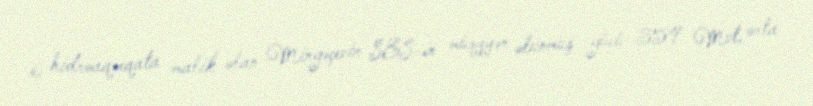
6 hidroaqreqata malik olan Mingəçevir SES-in müəyyən olunmuş gücü 359 Mvt, orta